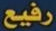
رفيع